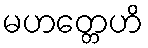
မဟတ္တေဟိ